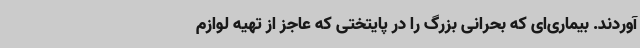
آوردند. بیماری‌ای که بحرانی بزرگ را در پایتختی که عاجز از تهیه لوازم